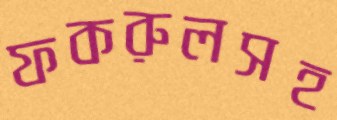
ফকরুলসহ